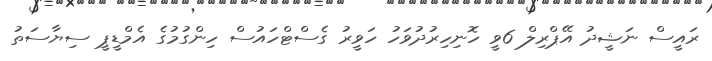
ރައީސް ނަޝީދު އޭޕްރިލް 6ވީ ހޮނިހިރުދުވަހު ހަވީރު ގެސްޓްހައުސް ހިންގުމުގެ އެމްޑީޕީ ސިޔާސަތު